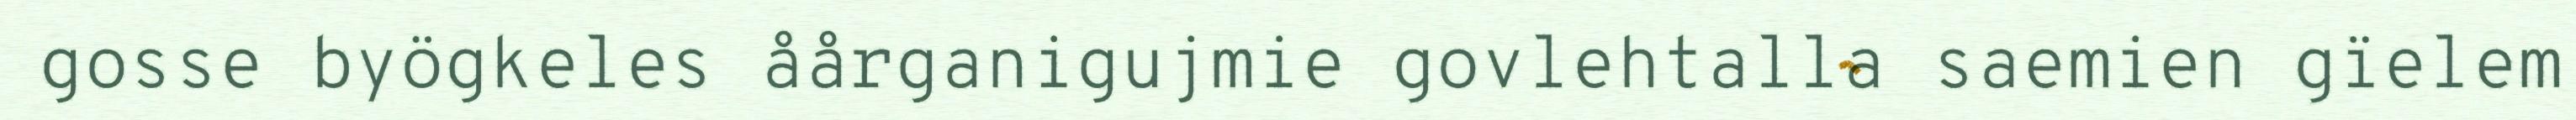
gosse byögkeles åårganigujmie govlehtalla saemien gïelem